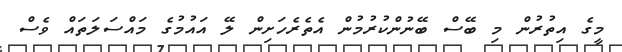
މީގެ އިތުރުން މި ބޭސް ބޭނުންކުރުމުން އެތެރެހަށިން ލޭ އައުމުގެ މައްސަލަތައް ވެސް